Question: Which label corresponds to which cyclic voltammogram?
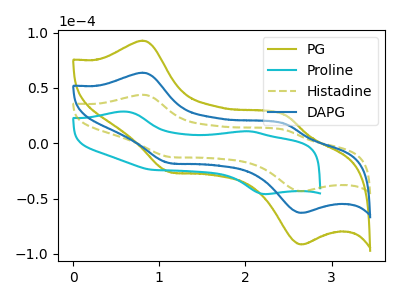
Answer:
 <answer>The olive curve is labeled "PG". The cyan curve is labeled "Proline". The olive dashed curve is labeled "Histadine". The blue curve is labeled "DAPG".</answer>
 <eval></eval>